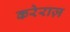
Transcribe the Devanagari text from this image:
करेराज़